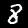
Label: 8